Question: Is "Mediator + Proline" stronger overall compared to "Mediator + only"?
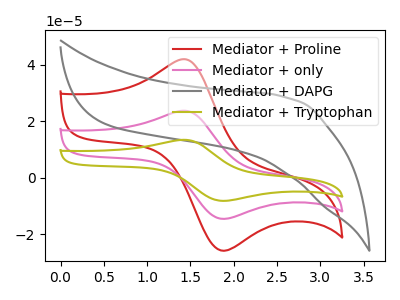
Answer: <think>The red curve "Mediator + Proline" has an anodic peak at (1.45V, 41.80uA) and a cathodic peak at (1.90V, -25.90uA). The pink curve "Mediator + only" has an anodic peak at (1.45V, 23.60uA) and a cathodic peak at (1.90V, -14.65uA). The gray curve "Mediator + DAPG" has no peaks. The olive curve "Mediator + Tryptophan" has an anodic peak at (1.45V, 47.20uA) and a cathodic peak at (1.90V, -29.25uA).
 All the peaks in "Mediator + Proline" have a peak in "Mediator + only" at the same potential. Every peak in "Mediator + Proline" is higher than every peak in "Mediator + only".</think>
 <answer>"Mediator + Proline" has more signal than "Mediator + only".</answer>
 <eval>more_signal</eval>